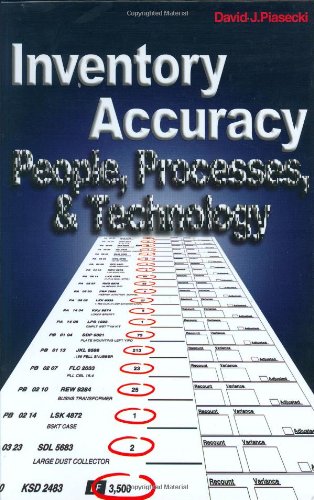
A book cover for Inventory Accuracy: People, Processes, & Technology; David J. Piasecki; Business & Money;